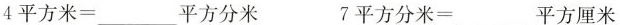
4平方米=___平方分米 7平方分米=___平方厘米